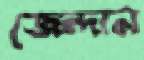
জেন্দান